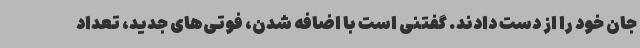
جان خود را از دست دادند. گفتنی است با اضافه شدن، فوتی‌های جدید، تعداد